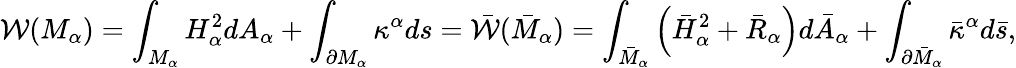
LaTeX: {\cal W}(M_{\alpha})=\int_{M_{\alpha}}H_{\alpha}^{2}dA_{\alpha}+\int_{\partial M_{\alpha}}\kappa^{\alpha}ds=\bar{\cal W}(\bar{M}_{\alpha})=\int_{\bar{M}_{\alpha}}\left(\bar{H}_{\alpha}^{2}+\bar{R}_{\alpha}\right)d\bar{A}_{\alpha}+\int_{\partial\bar{M}_{\alpha}}\bar{\kappa}^{\alpha}d\bar{s},